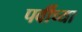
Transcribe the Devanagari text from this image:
पर्वीच्या